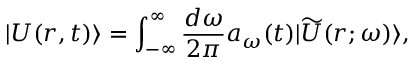
| U ( r , t ) \rangle = \int _ { - \infty } ^ { \infty } \frac { d \omega } { 2 \pi } a _ { \omega } ( t ) | \widetilde { U } ( r ; \omega ) \rangle ,